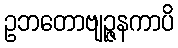
ဥဘတောဗျဉ္ဇနကာပိ